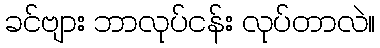
ခင်ဗျား ဘာလုပ်ငန်း လုပ်တာလဲ။